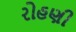
રોહણી